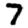
Digit: 7